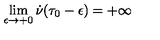
\lim _ { \epsilon \rightarrow + 0 } \dot { \nu } ( \tau _ { 0 } - \epsilon ) = + \infty